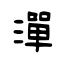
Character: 潬